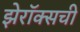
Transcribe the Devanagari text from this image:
झेरॉक्सची